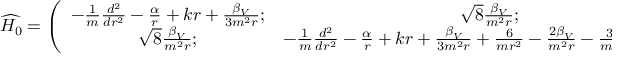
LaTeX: \widehat { H _ { 0 } } = \left( \begin{array} { c c } { { - \frac { 1 } { m } \frac { d ^ { 2 } } { d r ^ { 2 } } - \frac { \alpha } { r } + k r + \frac { \beta _ { V } } { 3 m ^ { 2 } r } ; } } & { { \sqrt { 8 } \frac { \beta _ { V } } { m ^ { 2 } r } ; } } \\ { { \sqrt { 8 } \frac { \beta _ { V } } { m ^ { 2 } r } ; } } & { { - \frac { 1 } { m } \frac { d ^ { 2 } } { d r ^ { 2 } } - \frac { \alpha } { r } + k r + \frac { \beta _ { V } } { 3 m ^ { 2 } r } + \frac { 6 } { m r ^ { 2 } } - \frac { 2 \beta _ { V } } { m ^ { 2 } r } - \frac { 3 } { m ^ { 2 } } ( \frac { 3 \beta _ { V } - \beta _ { S } } { r } ) ; } } \end{array} \right)